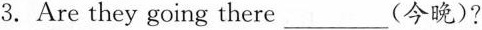
3.Are they going there___（今晚）?